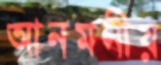
আনমনীয়